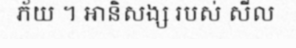
ភ័យ ។ ឤនិសង្ស របស់ សីល